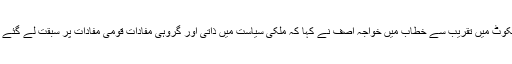
سیالکوٹ میں تقریب سے خطاب میں خواجہ آصف نے کہا کہ ملکی سیاست میں ذاتی اور گروہی مفادات قومی مفادات پر سبقت لے گئے ہیں۔